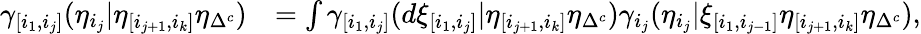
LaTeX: \begin{array}{rl}{\gamma_{[i_{1},i_{j}]}(\eta_{i_{j}}\lvert\eta_{[i_{j+1},i_{k}]}\eta_{\Delta^{c}})}&{=\int\gamma_{[i_{1},i_{j}]}(d\xi_{[i_{1},i_{j}]}\lvert\eta_{[i_{j+1},i_{k}]}\eta_{\Delta^{c}})\gamma_{i_{j}}(\eta_{i_{j}}\lvert\xi_{[i_{1},i_{j-1}]}\eta_{[i_{j+1},i_{k}]}\eta_{\Delta^{c}}),}\end{array}